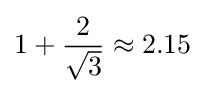
1+{\frac {2}{\sqrt {3}}}\approx 2.15